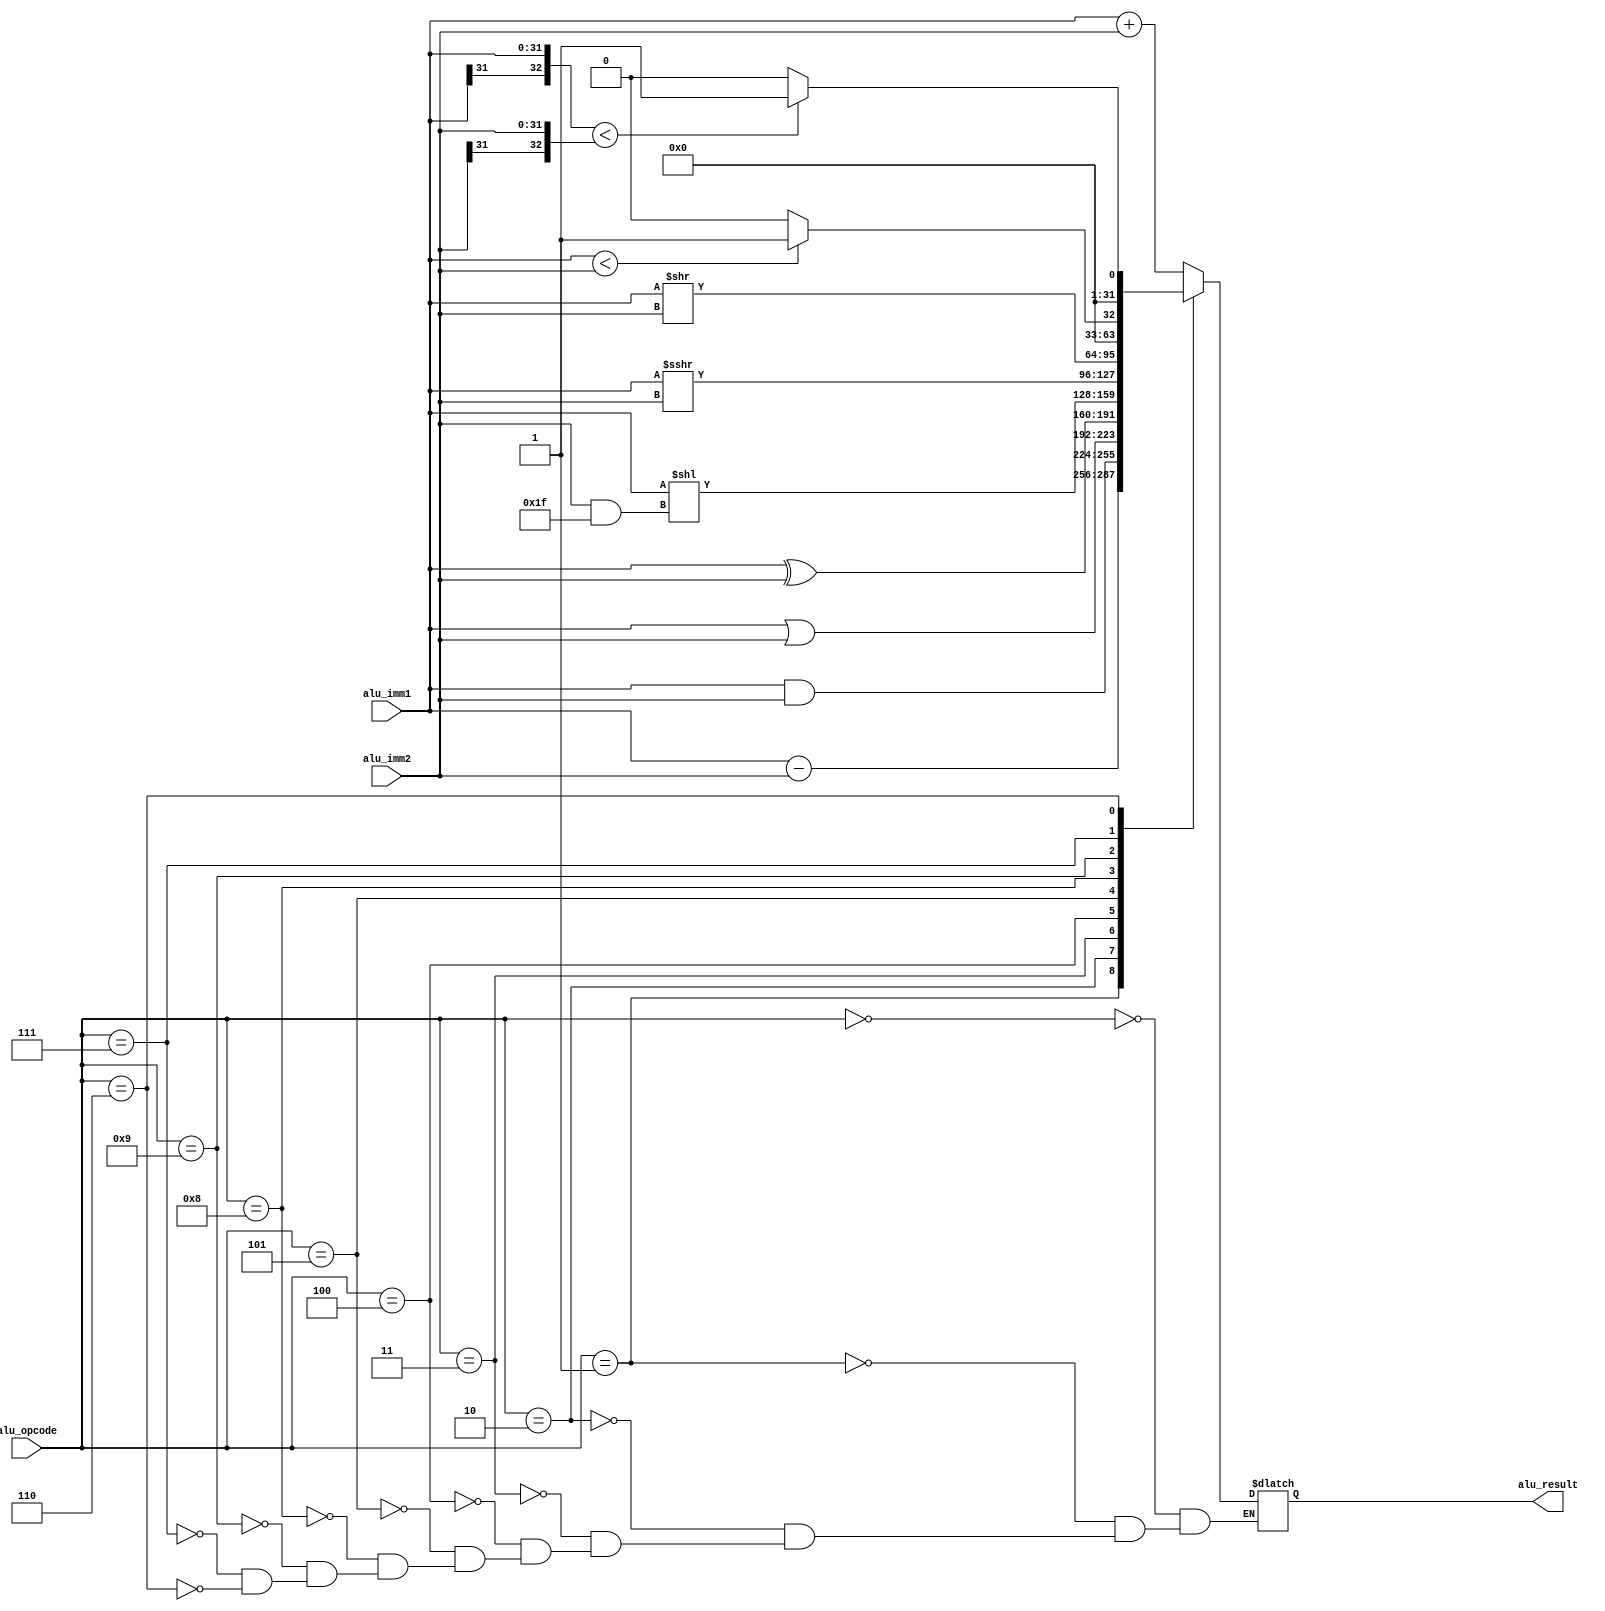
//////////////////////////////////////////////////////////////////////////////////
// 
// Design Name: RISC_TA (RV32I implementation)
// Module Name: ALU 
// Description: RISC-V ALU 
// 
// Revision: 
//  - 0.1: ALU implementation (Not tested)
//
//////////////////////////////////////////////////////////////////////////////////

/* Module                                                                       */
module ALU (
  /* Inputs  */
  input  [7:0]   alu_opcode,     // ALU opcode   
  input  [31:0]  alu_imm1,       // ALU immediacls
  
  input  [31:0]  alu_imm2,       // ALU immediate-2
  output [31:0]  alu_result       // ALU Result
);

reg [31:0] result;

/* Parameters                                                                   */
parameter ADD = 7'b000;  //ADD performs the addition of rs1 and rs2. Overflows are ignored and the low XLEN bits of results are written to rd.
parameter SUB = 7'b001; //SUB performs the subtraction of rs1 and rs2. Overflows are ignored and the low XLEN bits of results are written to rd.

parameter AND = 7'b010;
parameter OR = 7'b011;
parameter XOR = 7'b100; //XOR performs bitwise exclusive or on rs1 and 'rs2' and the result is written to 'rd'.

parameter SLL = 7'b101; //SLL perform logical (aka unsigned) left shift on the value in rs1 by the shift amount held in the lower 5 bits of rs2.
parameter SLT = 7'b110; //SLT performs signed compare between rs1 and rs2, writing 1 to rd if rs1 < rs2, 0 otherwise.
parameter SLTU = 7'b111;

parameter SRA = 7'b1000; //SRA perform arithmetic (aka signed) right shift on the value in reg rs1 by the shift amount held in the lower 5 bits of reg rs2.
parameter SRL = 7'b1001; //SRL perform logical (aka unsigned) right shift on the value in rs1 by the shift amount held in the lower 5 bits of rs2.

always@(*)
begin
    case (alu_opcode)
        ADD:  result = alu_imm1 + alu_imm2 ;
        SUB:  result = alu_imm1 - alu_imm2 ;                
        AND:  result = alu_imm1 & alu_imm2 ;
        OR:   result = alu_imm1 | alu_imm2 ; 
        XOR:  result = alu_imm1 ^ alu_imm2 ;
        SLL:  result = alu_imm1 << (alu_imm2 & 32'b11111) ; 
        SRA:  result = alu_imm1 >>> alu_imm2;
        SRL:  result = alu_imm1 >> alu_imm2;
        SLTU: begin  
               if   (alu_imm1 < alu_imm2) result = 1;
               else                       result = 0;
              end           
        SLT: begin
                if   (({alu_imm1[31], alu_imm1}) < ({alu_imm2[31], alu_imm2})) result = 1;
                else                                                           result = 0;
             end
    endcase
end

assign alu_result = result;

endmodule